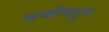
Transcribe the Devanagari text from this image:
सव्वीसहून